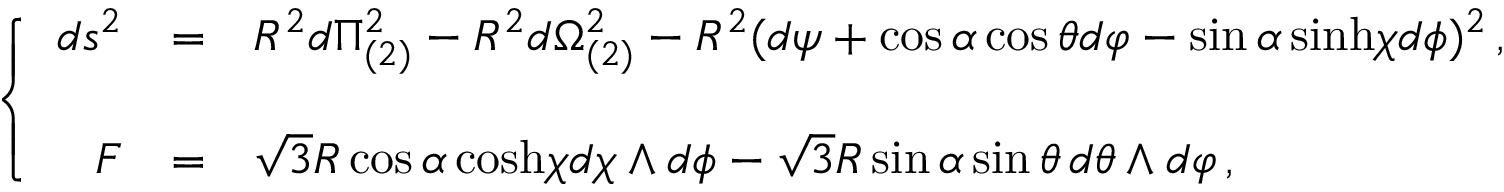
\left\{ \begin{array} { r c l } { { d s ^ { 2 } } } & { { = } } & { { R ^ { 2 } d \Pi _ { ( 2 ) } ^ { 2 } - R ^ { 2 } d \Omega _ { ( 2 ) } ^ { 2 } - R ^ { 2 } ( d \psi + \cos { \alpha } \cos { \theta } d \varphi - \sin { \alpha } \, \mathrm { s i n h } \chi d \phi ) ^ { 2 } \, , } } \\ { { } } & { { } } & { { } } \\ { { F } } & { { = } } & { { \sqrt { 3 } R \cos { \alpha } \, \mathrm { c o s h } \chi d \chi \wedge d \phi - \sqrt { 3 } R \sin { \alpha } \sin { \theta } \, d \theta \wedge d \varphi \, , } } \end{array} \right.